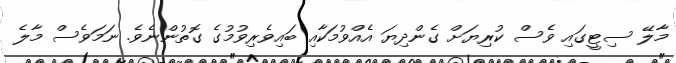
މާލޭ ސިޓީގައި ވެސް ކުރިޔަށް ގެންދިޔަ އެއްވުމަކާއި ބައިވެރިވުމުގެ ގޮތުންނެވެ. ނަމަވެސް މާލެ